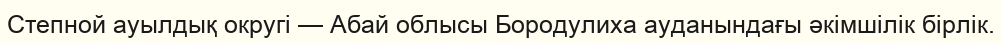
Степной ауылдық округі — Абай облысы Бородулиха ауданындағы әкімшілік бірлік.